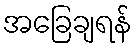
အခြေချရန်